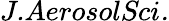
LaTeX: \textit{J.AerosolSci.}